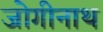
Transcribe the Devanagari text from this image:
जोगीनाथ